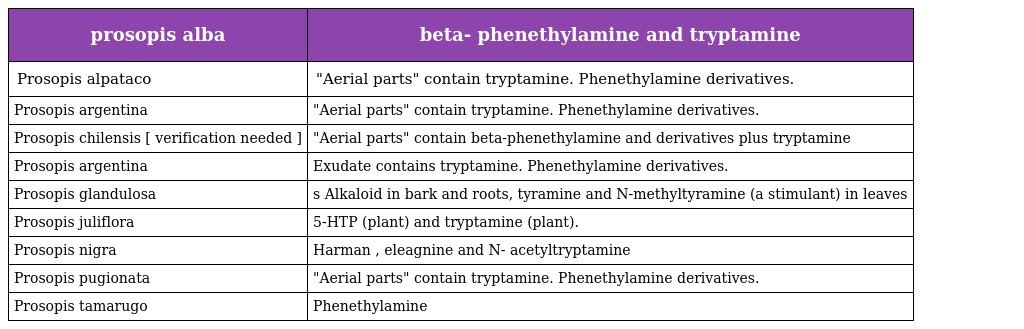
| prosopis alba | beta- phenethylamine and tryptamine |
 | --- | --- |
 | Prosopis alpataco | "Aerial parts" contain tryptamine. Phenethylamine derivatives. |
 | Prosopis argentina | "Aerial parts" contain tryptamine. Phenethylamine derivatives. |
 | Prosopis chilensis [ verification needed ] | "Aerial parts" contain beta-phenethylamine and derivatives plus tryptamine |
 | Prosopis argentina | Exudate contains tryptamine. Phenethylamine derivatives. |
 | Prosopis glandulosa | s Alkaloid in bark and roots, tyramine and N-methyltyramine (a stimulant) in leaves |
 | Prosopis juliflora | 5-HTP (plant) and tryptamine (plant). |
 | Prosopis nigra | Harman , eleagnine and N- acetyltryptamine |
 | Prosopis pugionata | "Aerial parts" contain tryptamine. Phenethylamine derivatives. |
 | Prosopis tamarugo | Phenethylamine |